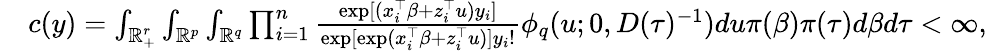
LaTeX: \begin{array}{rl}&{c(y)=\int_{\mathbb{R}_{+}^{r}}\int_{\mathbb{R}^{p}}\int_{\mathbb{R}^{q}}\prod_{i=1}^{n}\frac{\exp[(x_{i}^{\top}\beta+z_{i}^{\top}u)y_{i}]}{\exp[\exp(x_{i}^{\top}\beta+z_{i}^{\top}u)]y_{i}!}\phi_{q}(u;0,D(\tau)^{-1})du\pi(\beta)\pi(\tau)d\beta d\tau<\infty,}\end{array}